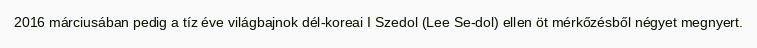
2016 márciusában pedig a tíz éve világbajnok dél-koreai I Szedol (Lee Se-dol) ellen öt mérkőzésből négyet megnyert.